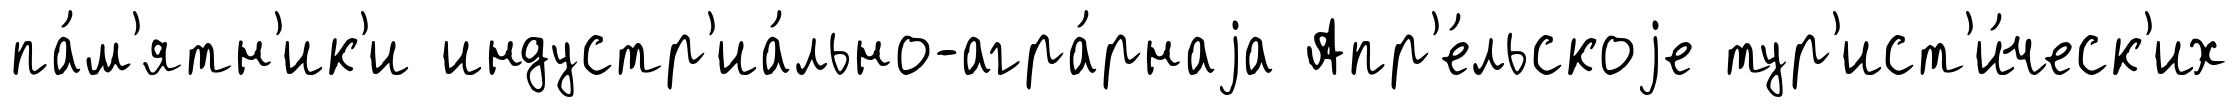
па́м'ятн'ик'и индустр'иа́льно-агра́рнаjа Апр'е́льскоjе тур'ист'и́ческ'их